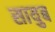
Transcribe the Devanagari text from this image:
सायुब